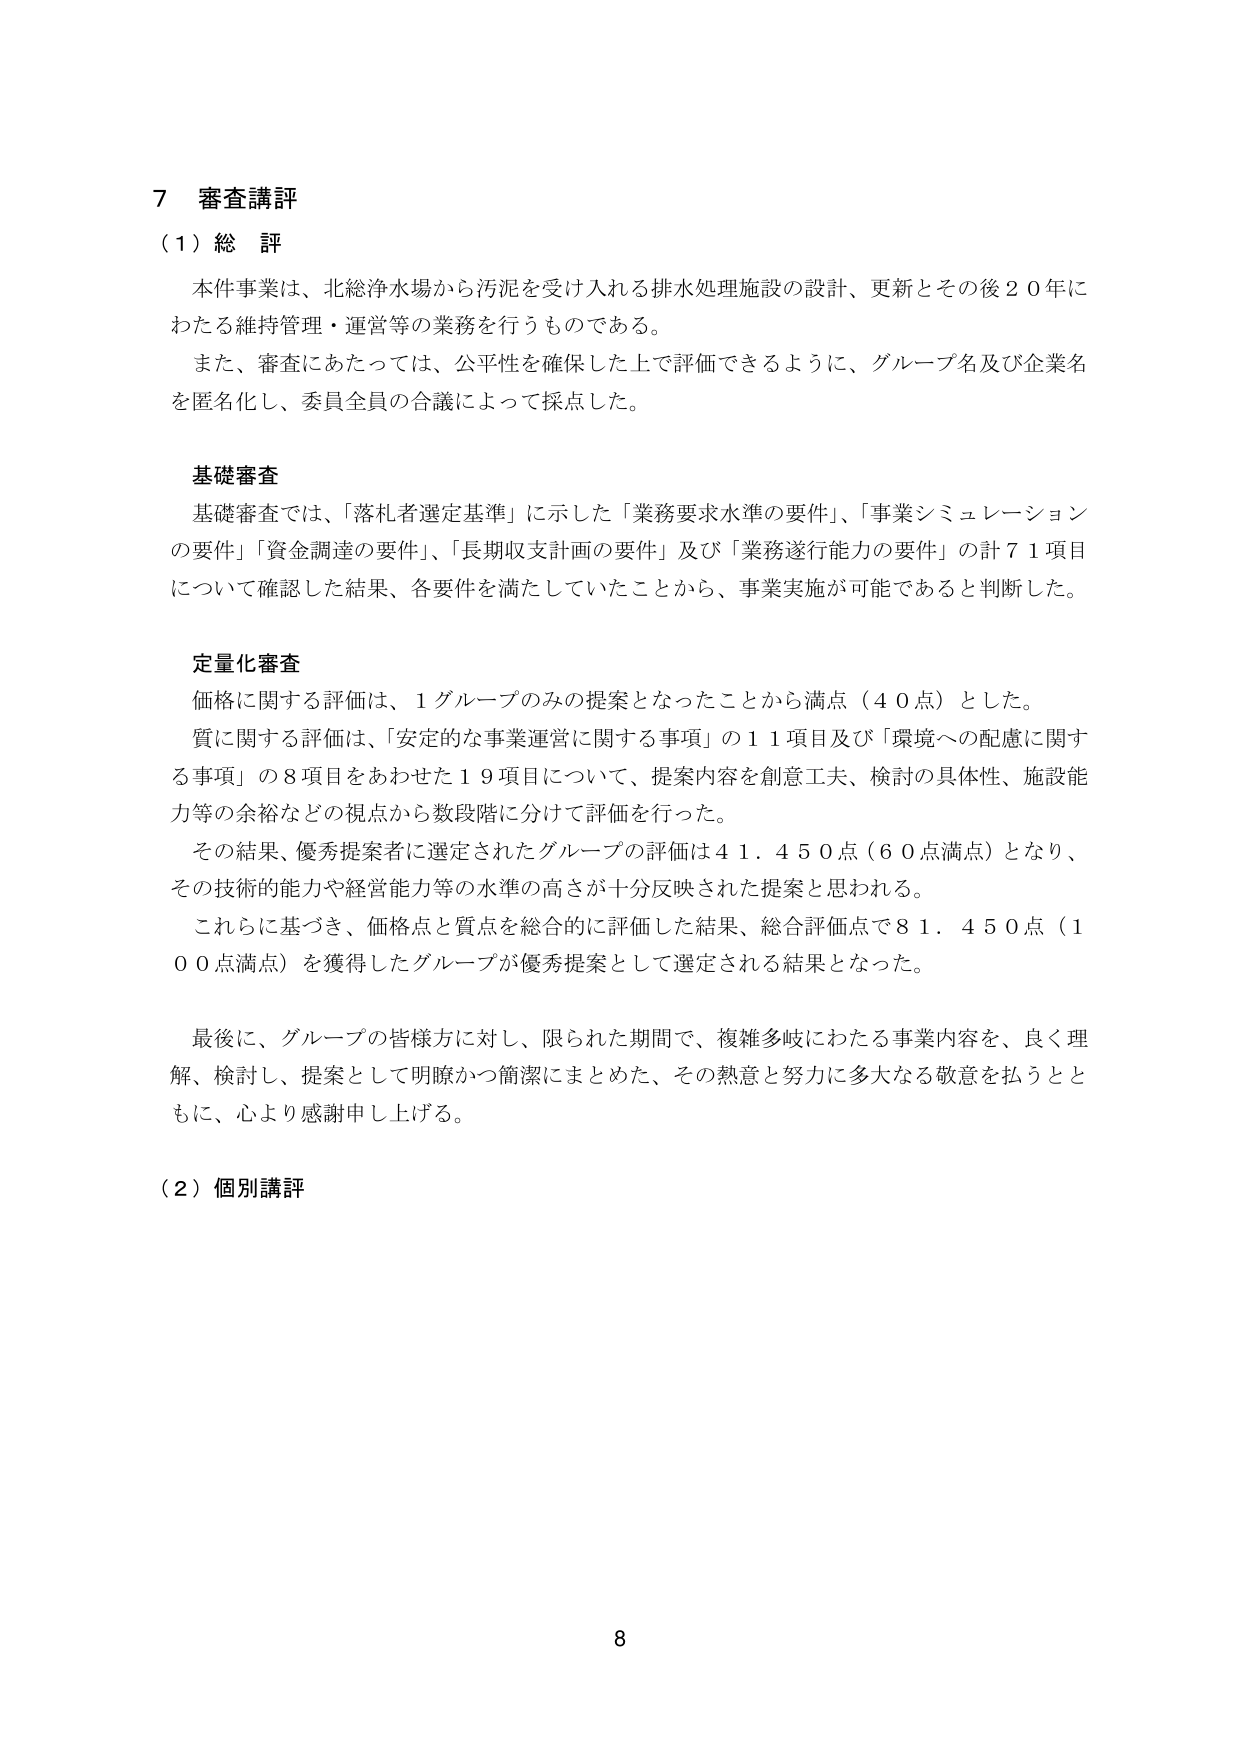
7 審査講評
（1）総 評
本件事業は、北総浄水場から汚泥を受け入れる排水処理施設の設計、更新とその後20年にわたる維持管理・運営等の業務を行うものである。
また、審査にあたっては、公平性を確保した上で評価できるように、グループ名及び企業名を匿名化し、委員全員の合議によって採点した。

基礎審査
基礎審査では、「落札者選定基準」に示した「業務要求水準の要件」、「事業シミュレーションの要件」「資金調達の要件」、「長期収支計画の要件」及び「業務遂行能力の要件」の計71項目について確認した結果、各要件を満たしていたことから、事業実施が可能であると判断した。

定量化審査
価格に関する評価は、1グループのみの提案となったことから満点（40点）とした。
質に関する評価は、「安定的な事業運営に関する事項」の11項目及び「環境への配慮に関する事項」の8項目をあわせた19項目について、提案内容を創意工夫、検討の具体性、施設能力等の余裕などの視点から数段階に分けて評価を行った。
その結果、優秀提案者に選定されたグループの評価は41.450点（60点満点）となり、その技術的能力や経営能力等の水準の高さが十分反映された提案と思われる。
これらに基づき、価格点と質点を総合的に評価した結果、総合評価点で81.450点（100点満点）を獲得したグループが優秀提案として選定される結果となった。

最後に、グループの皆様方に対し、限られた期間で、複雑多岐にわたる事業内容を、良く理解、検討し、提案として明瞭かつ簡潔にまとめた、その熱意と努力に多大なる敬意を払うとともに、心より感謝申し上げる。

（2）個別講評

8